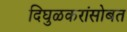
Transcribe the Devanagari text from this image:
दिघुळकरांसोबत